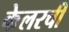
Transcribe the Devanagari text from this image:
केलरची